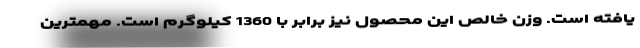
یافته است. وزن خالص این محصول نیز برابر با 1360 کیلوگرم است. مهمترین